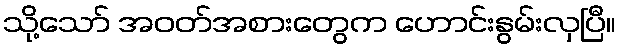
သို့သော် အဝတ်အစားတွေက ဟောင်းနွမ်းလှပြီ။